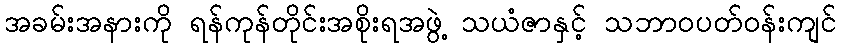
အခမ်းအနားကို ရန်ကုန်တိုင်းအစိုးရအဖွဲ့ သယံဇာနှင့် သဘာဝပတ်ဝန်းကျင်